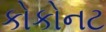
કોકોનટ